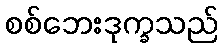
စစ်ဘေးဒုက္ခသည်